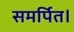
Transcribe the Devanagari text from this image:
समर्पित।